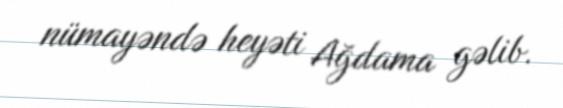
nümayəndə heyəti Ağdama gəlib.